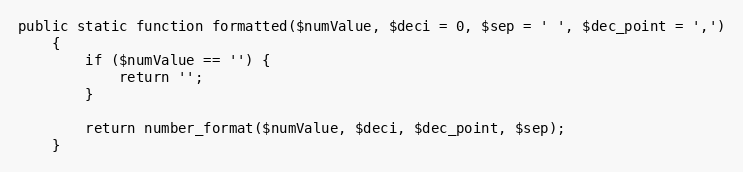
Language: PHP
public static function formatted($numValue, $deci = 0, $sep = ' ', $dec_point = ',')
    {
        if ($numValue == '') {
            return '';
        }

        return number_format($numValue, $deci, $dec_point, $sep);
    }